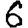
Digit: 6